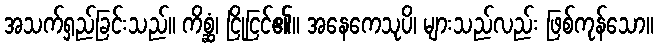
အသက်ရှည်ခြင်းသည်။ ကိစ္ဆံ၊ ငြိုငြင်၏။ အနေကေသုပိ၊ များသည်လည်း ဖြစ်ကုန်သော။